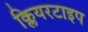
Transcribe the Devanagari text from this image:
क्लियरटाइप